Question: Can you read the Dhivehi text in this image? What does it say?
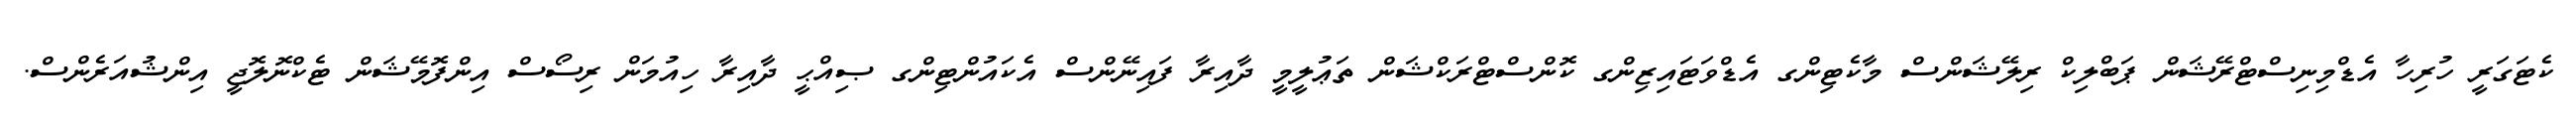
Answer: ކެޓަގަރީ ހުރިހާ އެޑްމިނިސްޓްރޭޝަން ޕަބްލިކް ރިލޭޝަންސް މާކެޓިންގ އެޑްވަޓައިޒިންގ ކޮންސްޓްރަކްޝަން ތަޢުލީމީ ދާއިރާ ފައިނޭންސް އެކައުންޓިންގ ޞިއްޙީ ދާއިރާ ހިއުމަން ރިސޯސް އިންފޮމޭޝަން ޓެކްނޮލޮޖީ އިންޝުއަރެންސް.